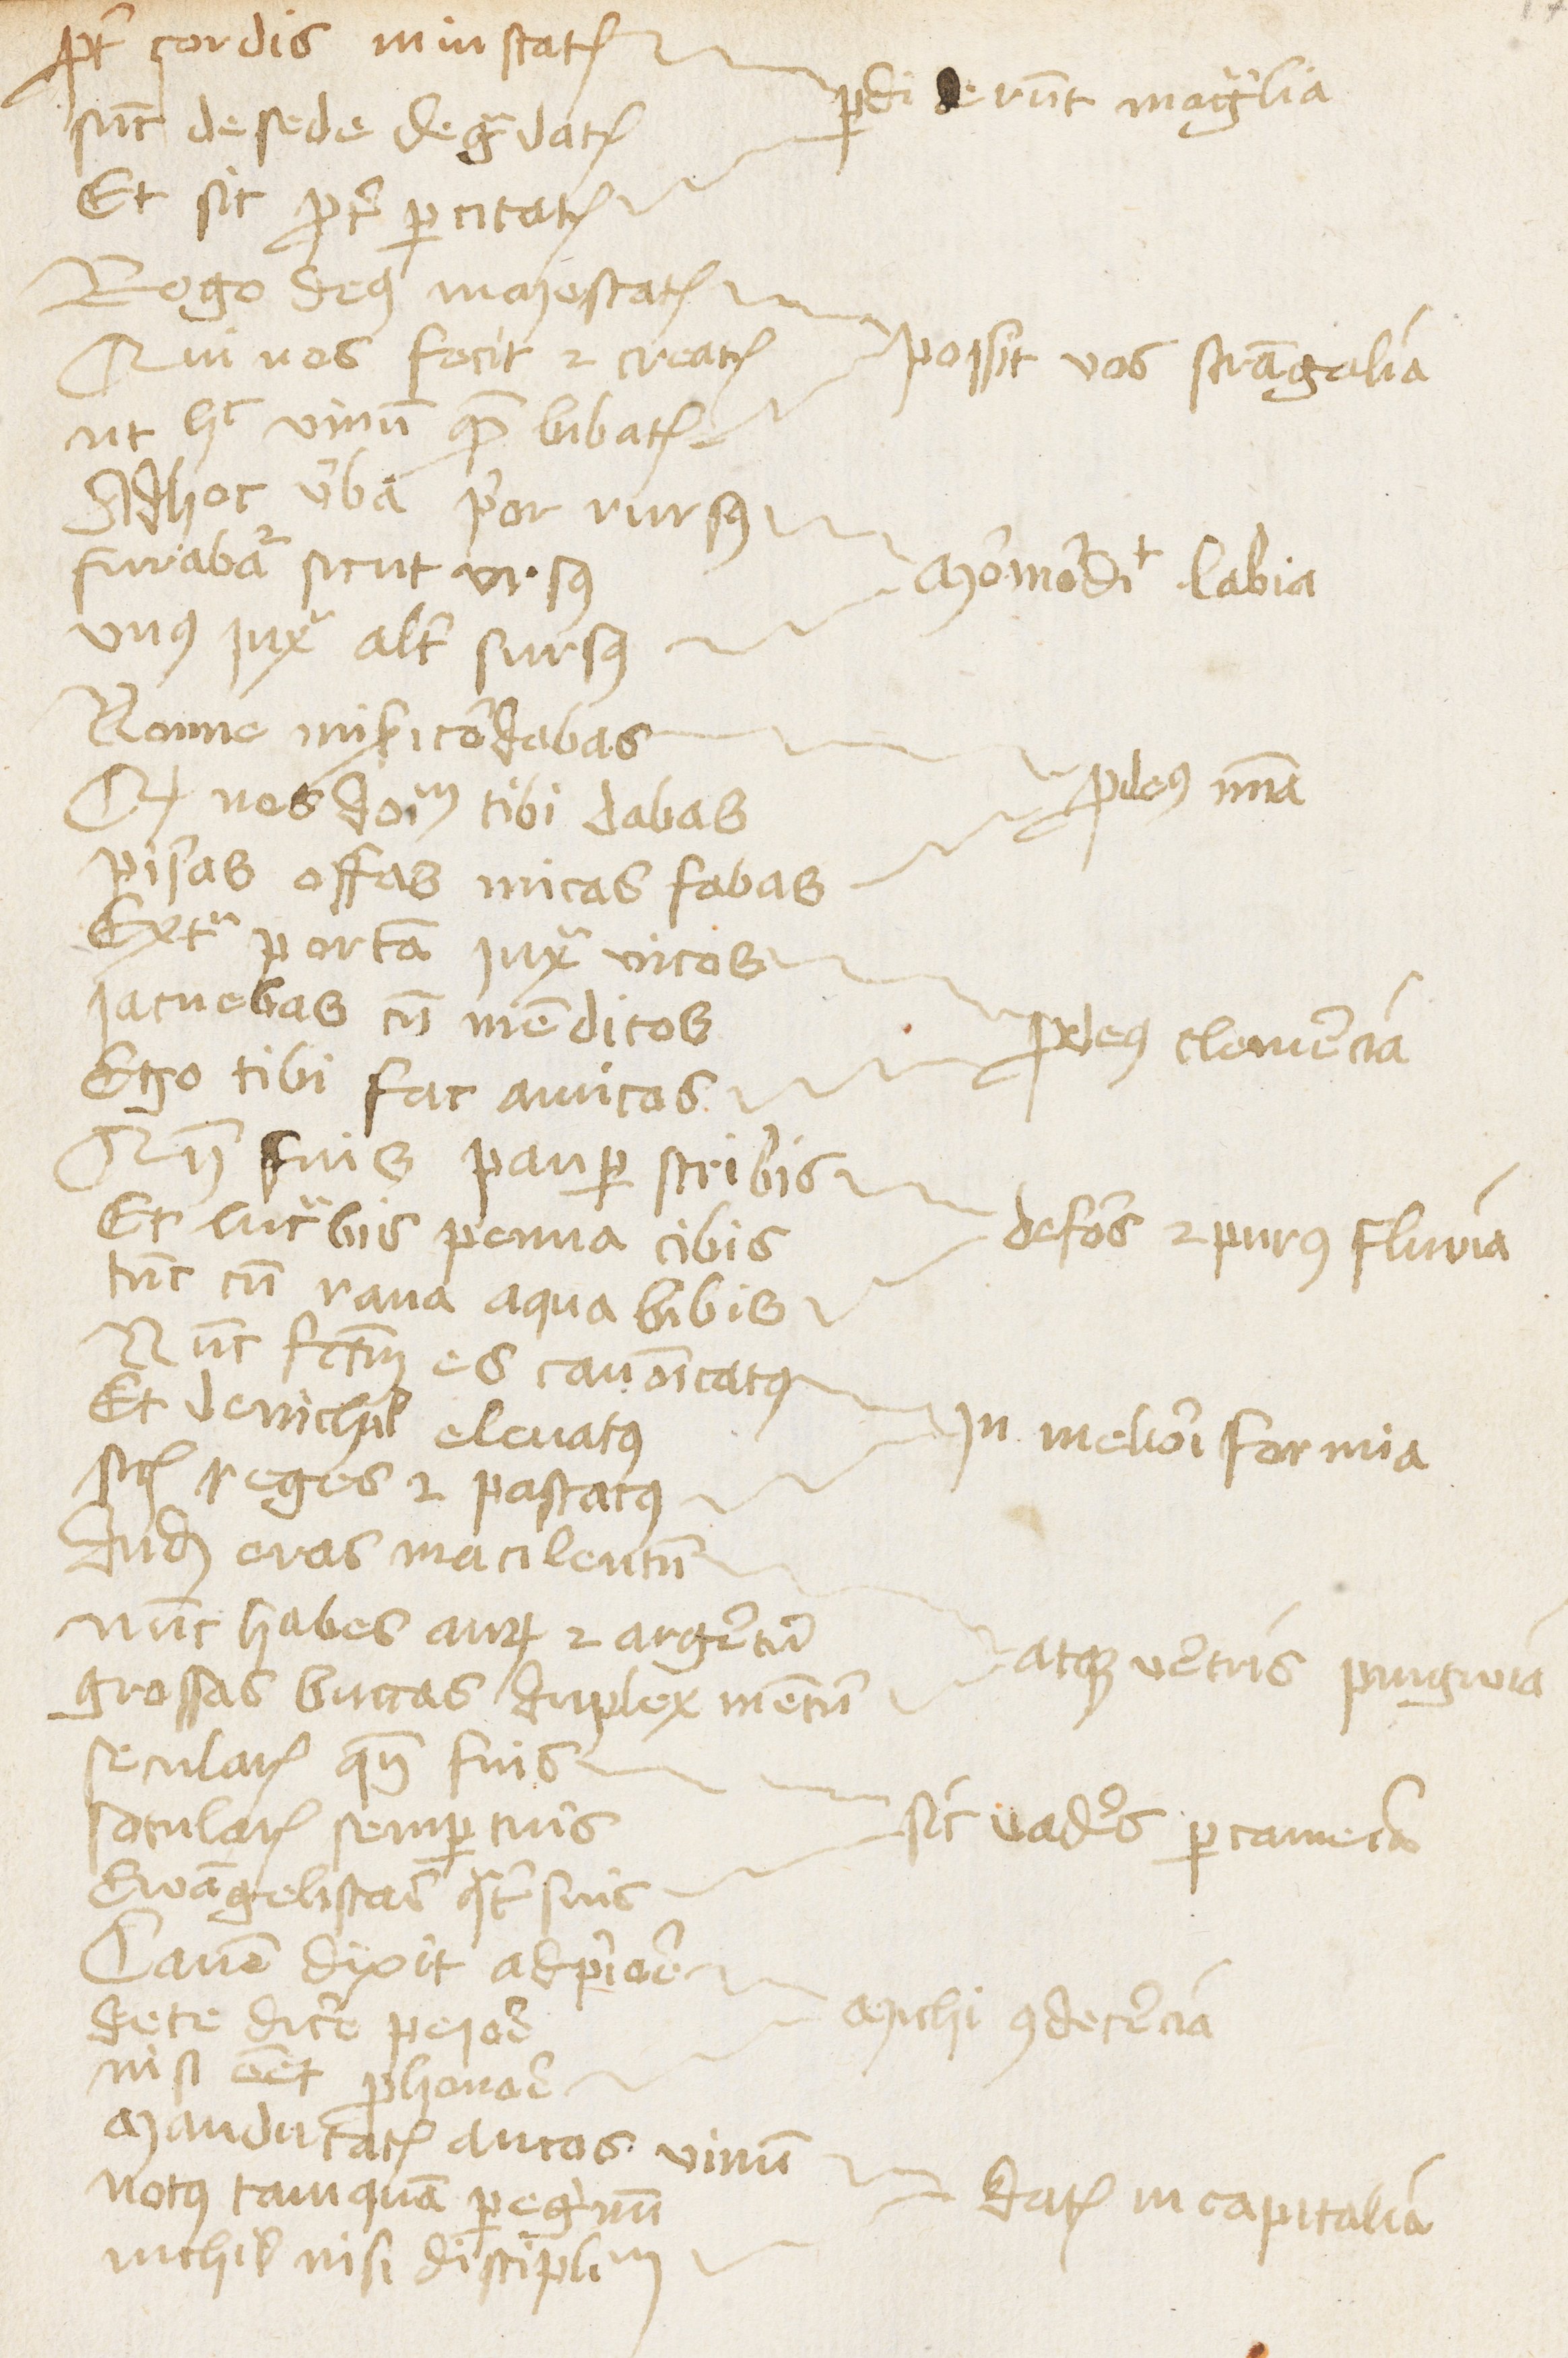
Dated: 1453–1454